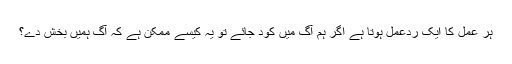
ہر عمل کا ایک ردعمل ہوتا ہے اگر ہم آگ میں کود جائے تو یہ کیسے ممکن ہے کہ آگ ہمیں بخش دے؟